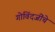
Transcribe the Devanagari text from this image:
गोविंदजींचे